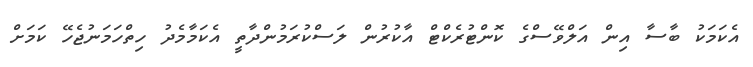
އެކަމަކު ބާސާ އިން އަލްވޭސްގެ ކޮންޓުރެކްޓް އާކުުރުން ލަސްކުރަމުންދާތީ އެކަމާމެދު ހިތްހަމަނުޖެހޭ ކަމަށް